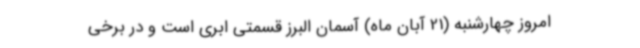
امروز چهارشنبه (21 آبان ماه) آسمان البرز قسمتی ابری است و در برخی